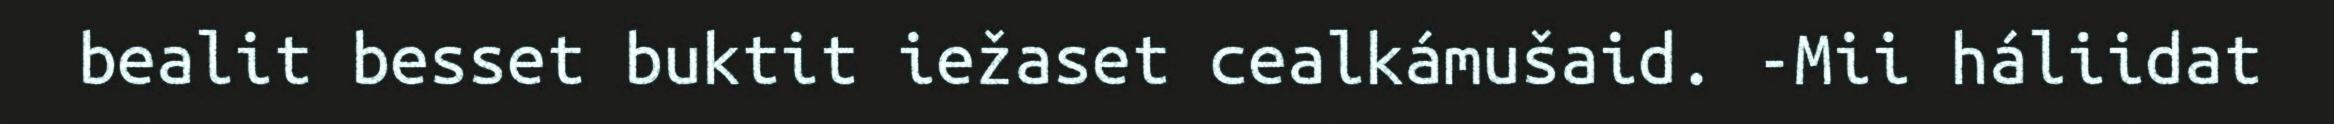
bealit besset buktit iežaset cealkámušaid. -Mii háliidat